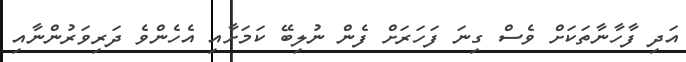
އަދި ފާހާނާތަކަށް ވެސް ގިނަ ފަހަރަށް ފެން ނުލިބޭ ކަމަށާއި އެހެންވެ ދަރިވަރުންނާއި